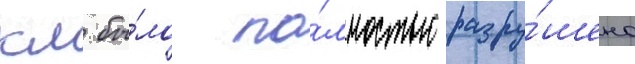
км бы́ло по́лностью разру́шено